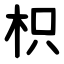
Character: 枳